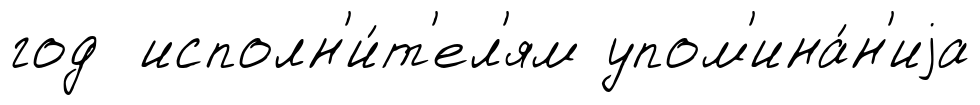
год исполн'и́т'ел'ям упом'ина́н'иjа